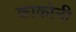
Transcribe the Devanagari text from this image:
काकोनी